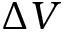
\Delta V